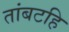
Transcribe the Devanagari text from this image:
तांबटहि